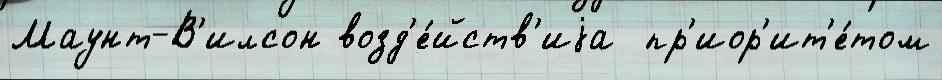
Маунт-В'илсон возд'е́йств'иjа  пр'иор'ит'е́том